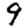
Digit: 9